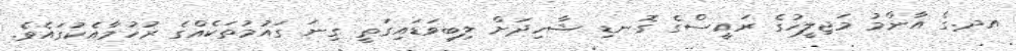
އދ.ގެ އާންމު މަޖިލީހުގެ ރައީސްގެ ގޮނޑި ޝާހިދަށް ލިބިވަޑައިގަތީ ގިނަ ގައުމުތަކެއްގެ ރުހުމާއެކުގައެވެ.